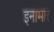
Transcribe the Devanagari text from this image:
इनामात